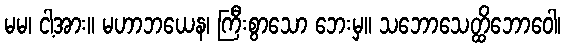
မမ၊ ငါ့အား။ မဟာဘယေန၊ ကြီးစွာသော ဘေးမှ။ သဘောသေတ္ထိဘောဝေါ၊